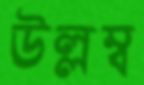
উল্লম্ব